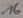
Text: 16